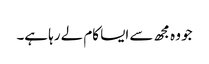
جو وہ مجھ سے ایسا کام لے رہا ہے۔